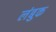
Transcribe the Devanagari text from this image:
लंबुक